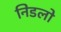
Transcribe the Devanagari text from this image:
निडलो